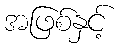
အဖြစ်နှင့်